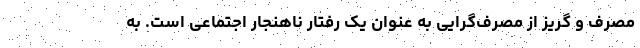
مصرف و گریز از مصرف‌گرایی به عنوان یک رفتار ناهنجار اجتماعی است. به